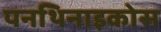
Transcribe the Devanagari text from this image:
पनथिनाइकोस